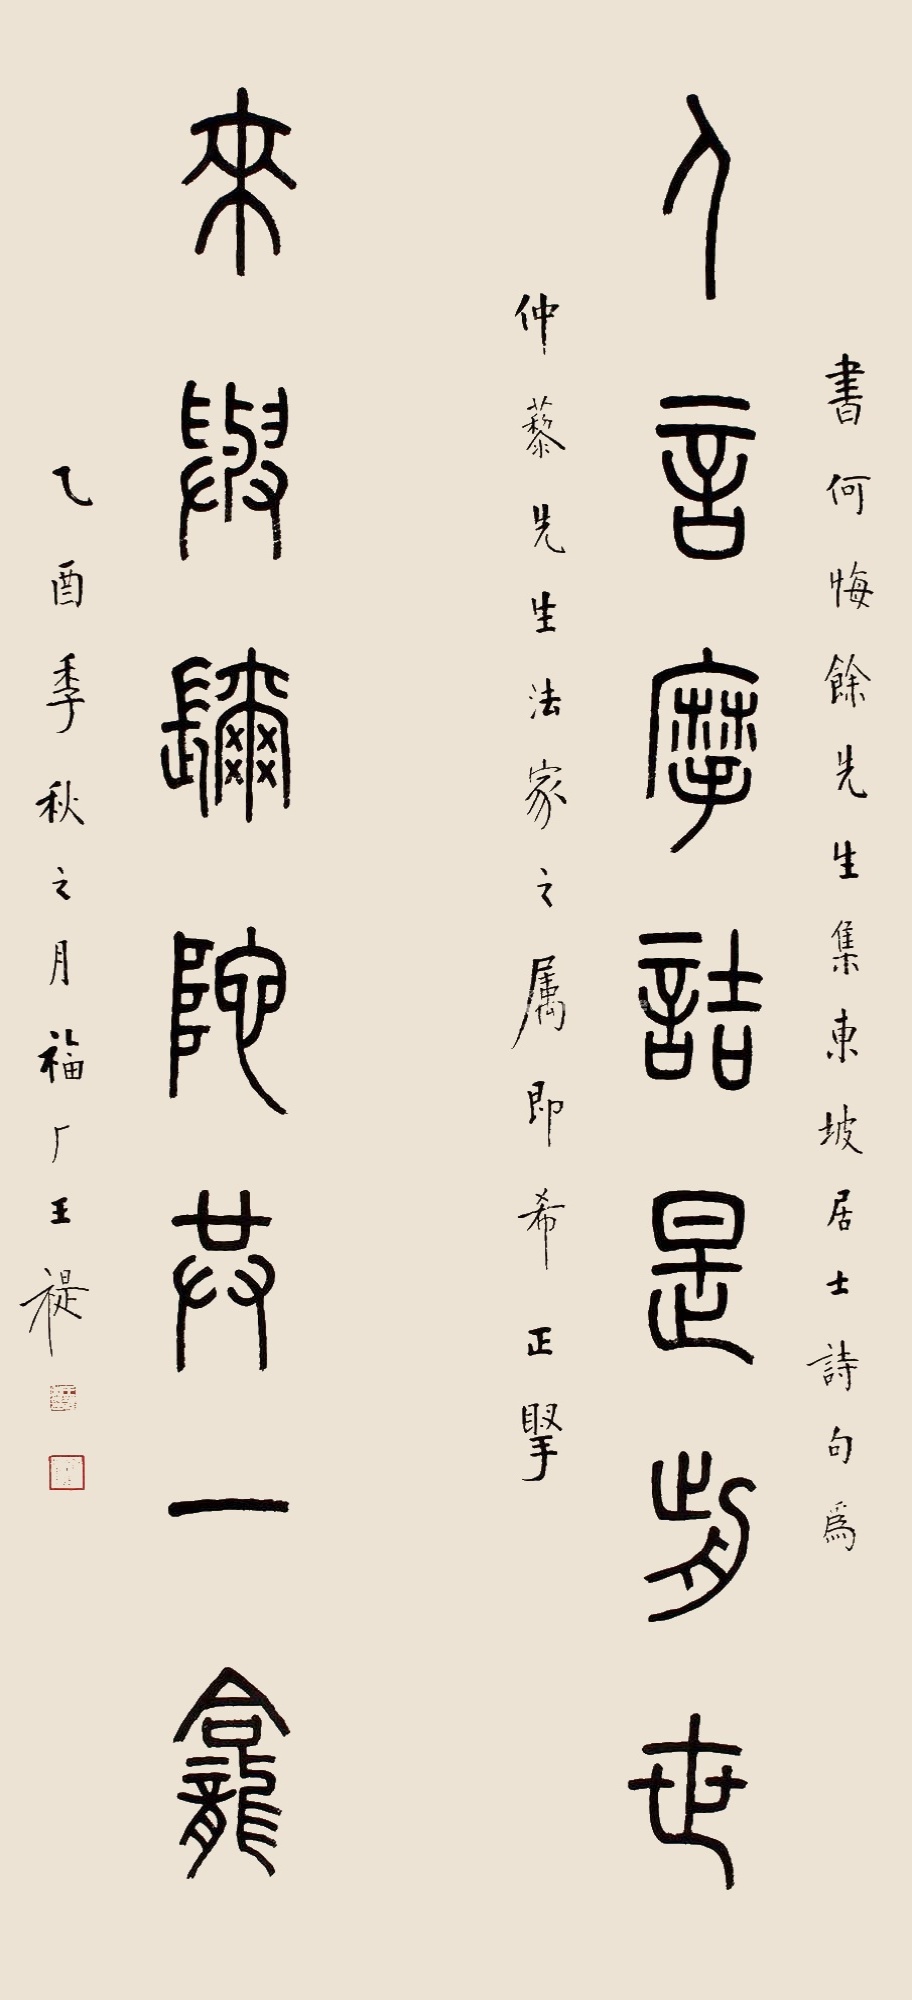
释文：人言摩诘是前世，来与弥陀共一龛。书何悔余先生集东坡诗句，为仲藜先生法家之属，即希正擘。乙酉年秋之月，福厂王褆。